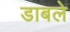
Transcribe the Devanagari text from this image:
डाबले